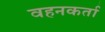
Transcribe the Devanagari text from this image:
वहनकर्ता